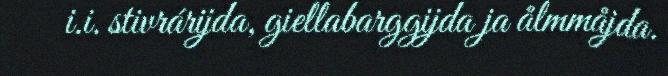
i.i. stivrárijda, giellabarggijda ja ålmmåjda.